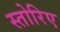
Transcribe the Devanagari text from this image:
स्तोरिए